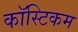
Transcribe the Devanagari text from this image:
कॉस्टिकम